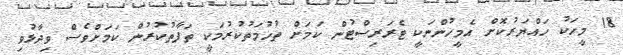
18 މީހަކު ހައްޔަރުކޮށް އެމީހުންނަކީ ޓެރަރިސްޓުން ކަމަށް ތުހުމަތުކުރުމަކީ ތަފާތުކުރުން ކަމަށްވެސް ވިދާޅުވި